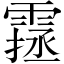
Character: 𩄔